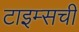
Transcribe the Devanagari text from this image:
टाइम्सची